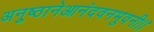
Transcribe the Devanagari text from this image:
अनुष्ठानेआनंदवनभुवनी।।